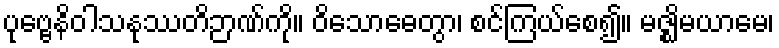
ပုဗ္ဗေနိဝါသနုဿတိဉာဏ်ကို။ ဝိသောဓေတွာ၊ စင်ကြယ်စေ၍။ မဇ္ဈိမယာမေ၊